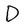
Character: D